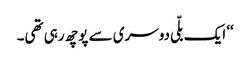
‘‘ ایک بلّی دوسری سے پوچھ رہی تھی۔